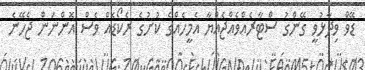
ޑޭވް ވިދާޅުވީ ގޭންގު ސްޓާރެއްވެއްޖެއްޔާ އެމީހެއްގެ ކުށުގެ ރެކޯޑެއް ވެސް އޮންނަން ޖެހޭނެ